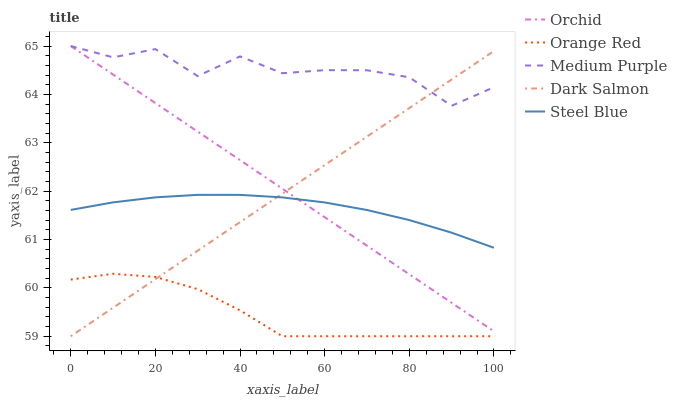
| xaxis_label | Orchid | Orange Red | Medium Purple | Dark Salmon | Steel Blue |
 | --- | --- | --- | --- | --- | --- |
 | 0 | 65 | 60.2 | 65 | 59 | 61.6 |
 | 10 | 64.4 | 60.3 | 64.8 | 59.6 | 61.8 |
 | 20 | 63.8 | 60.2 | 64.9 | 60.2 | 61.9 |
 | 30 | 63.2 | 60 | 64.4 | 60.8 | 61.9 |
 | 40 | 62.6 | 59.5 | 64.8 | 61.4 | 61.9 |
 | 50 | 62.1 | 59 | 64.4 | 61.9 | 61.9 |
 | 60 | 61.5 | 59 | 64.5 | 62.5 | 61.8 |
 | 70 | 60.9 | 59 | 64.5 | 63.1 | 61.6 |
 | 80 | 60.3 | 59 | 64.4 | 63.7 | 61.4 |
 | 90 | 59.7 | 59 | 63.8 | 64.3 | 61.1 |
 | 100 | 59.1 | 59 | 64.1 | 64.9 | 60.8 |